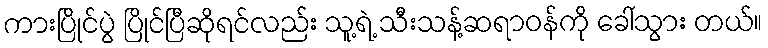
ကားပြိုင်ပွဲ ပြိုင်ပြီဆိုရင်လည်း သူ့ရဲ့ သီးသန့်ဆရာဝန်ကို ခေါ်သွား တယ်။